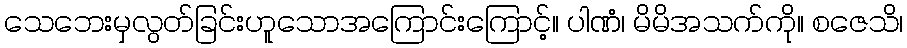
သေဘေးမှလွတ်ခြင်းဟူသောအကြောင်းကြောင့်။ ပါဏံ၊ မိမိအသက်ကို။ စဇေသိ၊